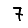
Digit: 7